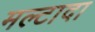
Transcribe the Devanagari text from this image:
मल्टादा